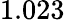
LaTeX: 1.023